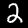
Digit: 2